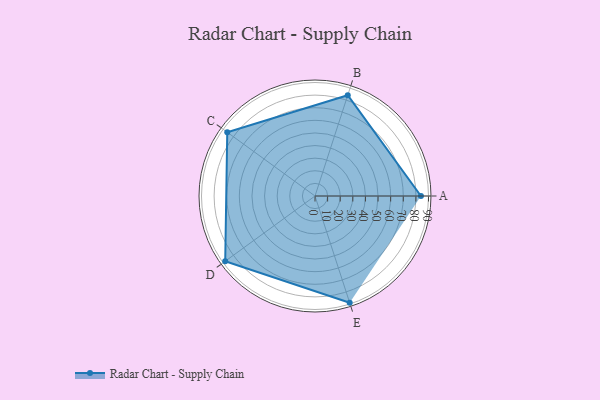
{"axis": {"x": "Skill", "y": "Score"}, "legend": ["Profile"], "data": [{"x": "A", "y": 84.0, "type": "Profile"}, {"x": "B", "y": 84.0, "type": "Profile"}, {"x": "C", "y": 86.0, "type": "Profile"}, {"x": "D", "y": 88.0, "type": "Profile"}, {"x": "E", "y": 89.0, "type": "Profile"}]}